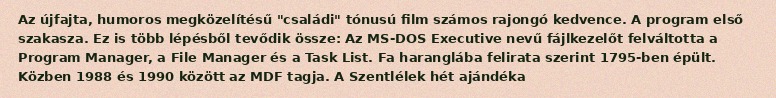
Az újfajta, humoros megközelítésű "családi" tónusú film számos rajongó kedvence. A program első szakasza. Ez is több lépésből tevődik össze: Az MS-DOS Executive nevű fájlkezelőt felváltotta a Program Manager, a File Manager és a Task List. Fa haranglába felirata szerint 1795-ben épült. Közben 1988 és 1990 között az MDF tagja. A Szentlélek hét ajándéka